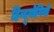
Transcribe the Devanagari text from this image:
हिन्दूयोगियों